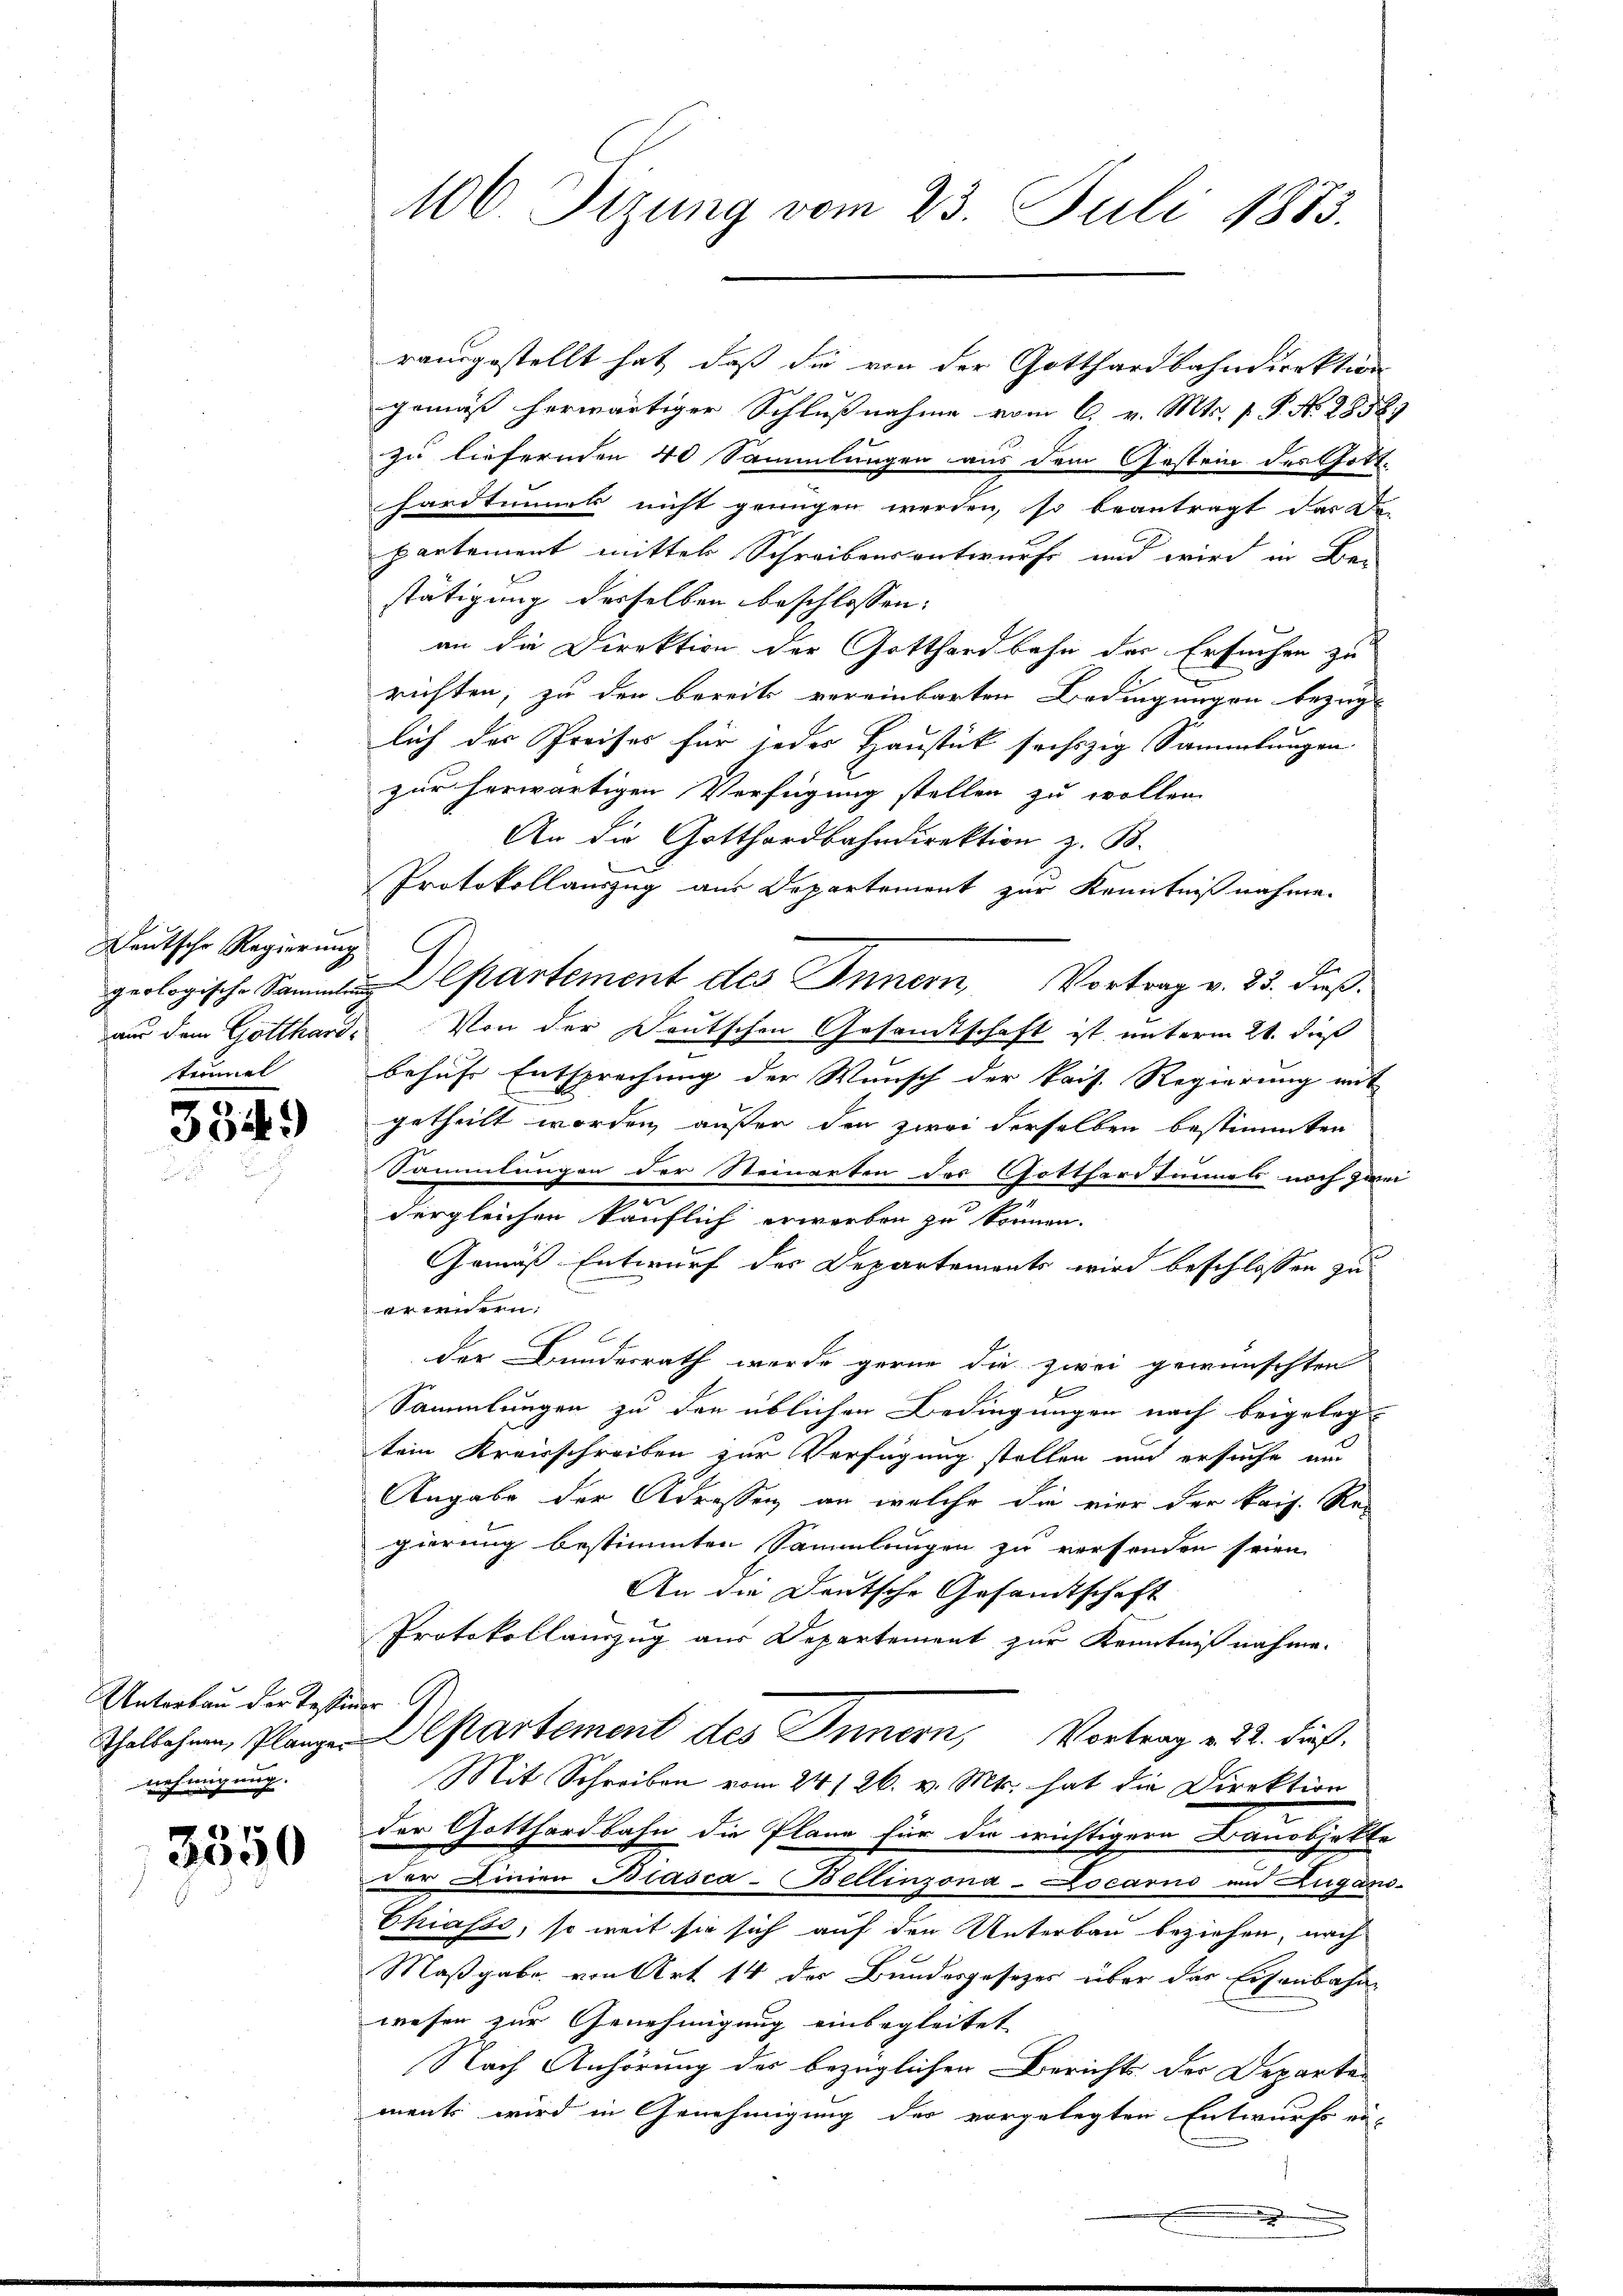
Deutsche Regierung
aus dem Gotthard-

334.

Unterbau der Testinen
nehmigung.

3550

rausgestellt hat, daß die von der Gotthardbahndirektion
gemäß herwärtiger Schlußnahme vom 6. v. Mts. P.P. No. 28589
zu liefernden 40 Sammlungen aus dem Gestein des Gott-
hardtunnels nicht genügen werden, so beantragt das De-
partement mittel Schreibensentwurfs und wird in Be-
stätigung desselben beschlossen:
an die Direktion der Gotthardbahn der Ersuchen zu
richten; zu den bereits vereinbarten Bedingungen bezüg-
lich der Preises für jedes Haustück sechzig Sammlungen
zur herwärtigen Verfügung stellen zu wollen.
An die Gotthardbahndirektion z. B.
Protokollauszug aus Departement zur Kenntnißnahme.
geologische Sammen Departement des Innern, Vortrag v. 23. dieß:
Von der Deutschen Gesandtschaft ist unterm 21. dieß
tummel behufe Entsprechung der Wunsch der Pris. Regierung mit
getheilt worden, außer der zwei derselben bestimmten
Sammlungen der Steinarten des Gotthardtunnels noch zwei
n
dergleichen käuflich erwerben zu können.
Gemäß Entwurf der Departements wird beschlossen zu
erwendern:
der Bundesrath werde gerne die zwei gewünschten
Sammlungen zu den üblichen Bedingungen nach beigeleg-
tein Kreisschreiben zur Verfügung stellen und ersuche und
Angabe der Adressen, an welche die vier der kais. Re-
gierung bestimmten Sammlungen zu versenden seien.
An die Deutsche Gesandtschaft
Protokollauszug aus Departement zur Kenntnißnahme.
Thallehren, Planze Departement des Innern, Vortrag v. 22. dieß.
Mit Schreiben vom 24. 126. v. Mts. hat die Direktion
der Gotthardbahn die Pläne für die richtigern Banobjekte
der Linien Biasca-Bellinzona-Locarno am Zugano¬
Chiasso, so weit sie sich auf den Unterbau beziehen, nach
Maßgabe von Art 14 des Bundesgesezes über der Eisenbahn-
wesen zur Genehmigung einbegleitet
Nach Anhörung der bezüglichen Berichts der Departa-
ments wird in Genehmigung des vorgelegten Entwurfs ei-

106 Tizung vom 23. Juli 1883.